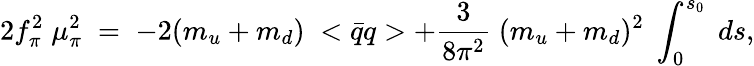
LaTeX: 2f_{\pi}^{2}\; \mu_{\pi}^{2}\; =\; -2(m_{u}+m_{d})\; <\bar{q}q>+\frac{3}{8\pi^{2}}\; (m_{u}+m_{d})^{2}\; \int_{0}^{s_{0}}\; ds,